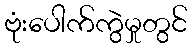
ဗုံးပေါက်ကွဲမှုတွင်